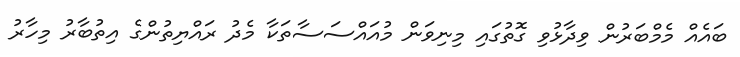
ބައެއް މެމްބަރުން ވިދާޅުވި ގޮތުގައި މިނިވަން މުއައްސަސާތަކާ މެދު ރައްޔިތުންގެ އިތުބާރު މިހާރު